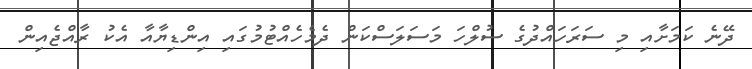
ދޭނެ ކަމަށާއި މި ސަރަހައްދުގެ ސުލްހަ މަސަލަސްކަން ދެމެހެއްޓުމުގައި އިންޑިޔާއާ އެކު ރާއްޖެއިން